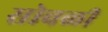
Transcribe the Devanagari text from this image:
सोवळी